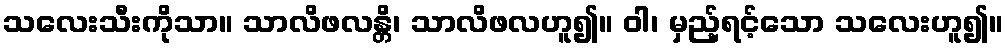
သလေးသီးကိုသာ။ သာလိဖလန္တိ၊ သာလိဖလဟူ၍။ ဝါ၊ မှည့်ရင့်သော သလေးဟူ၍။